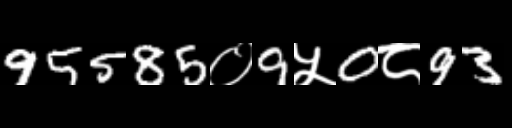
Text: 95585०9५0८93